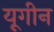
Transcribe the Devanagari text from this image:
यूगीन